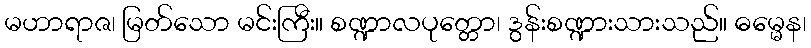
မဟာရာဇ၊ မြတ်သော မင်းကြီး။ စဏ္ဍာလပုတ္တော၊ ဒွန်းစဏ္ဍားသားသည်။ ဓမ္မေန၊